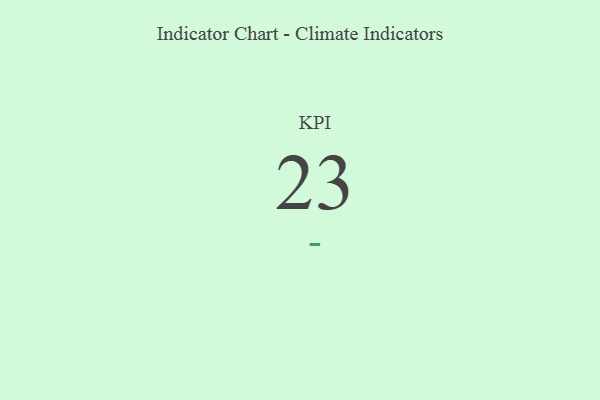
{"axis": {"x": "KPI", "y": "Value"}, "legend": [""], "data": [{"x": "KPI", "y": 23, "type": ""}]}